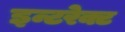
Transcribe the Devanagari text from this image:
इन्टरेक्ट